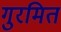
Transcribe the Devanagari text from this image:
गुरमित